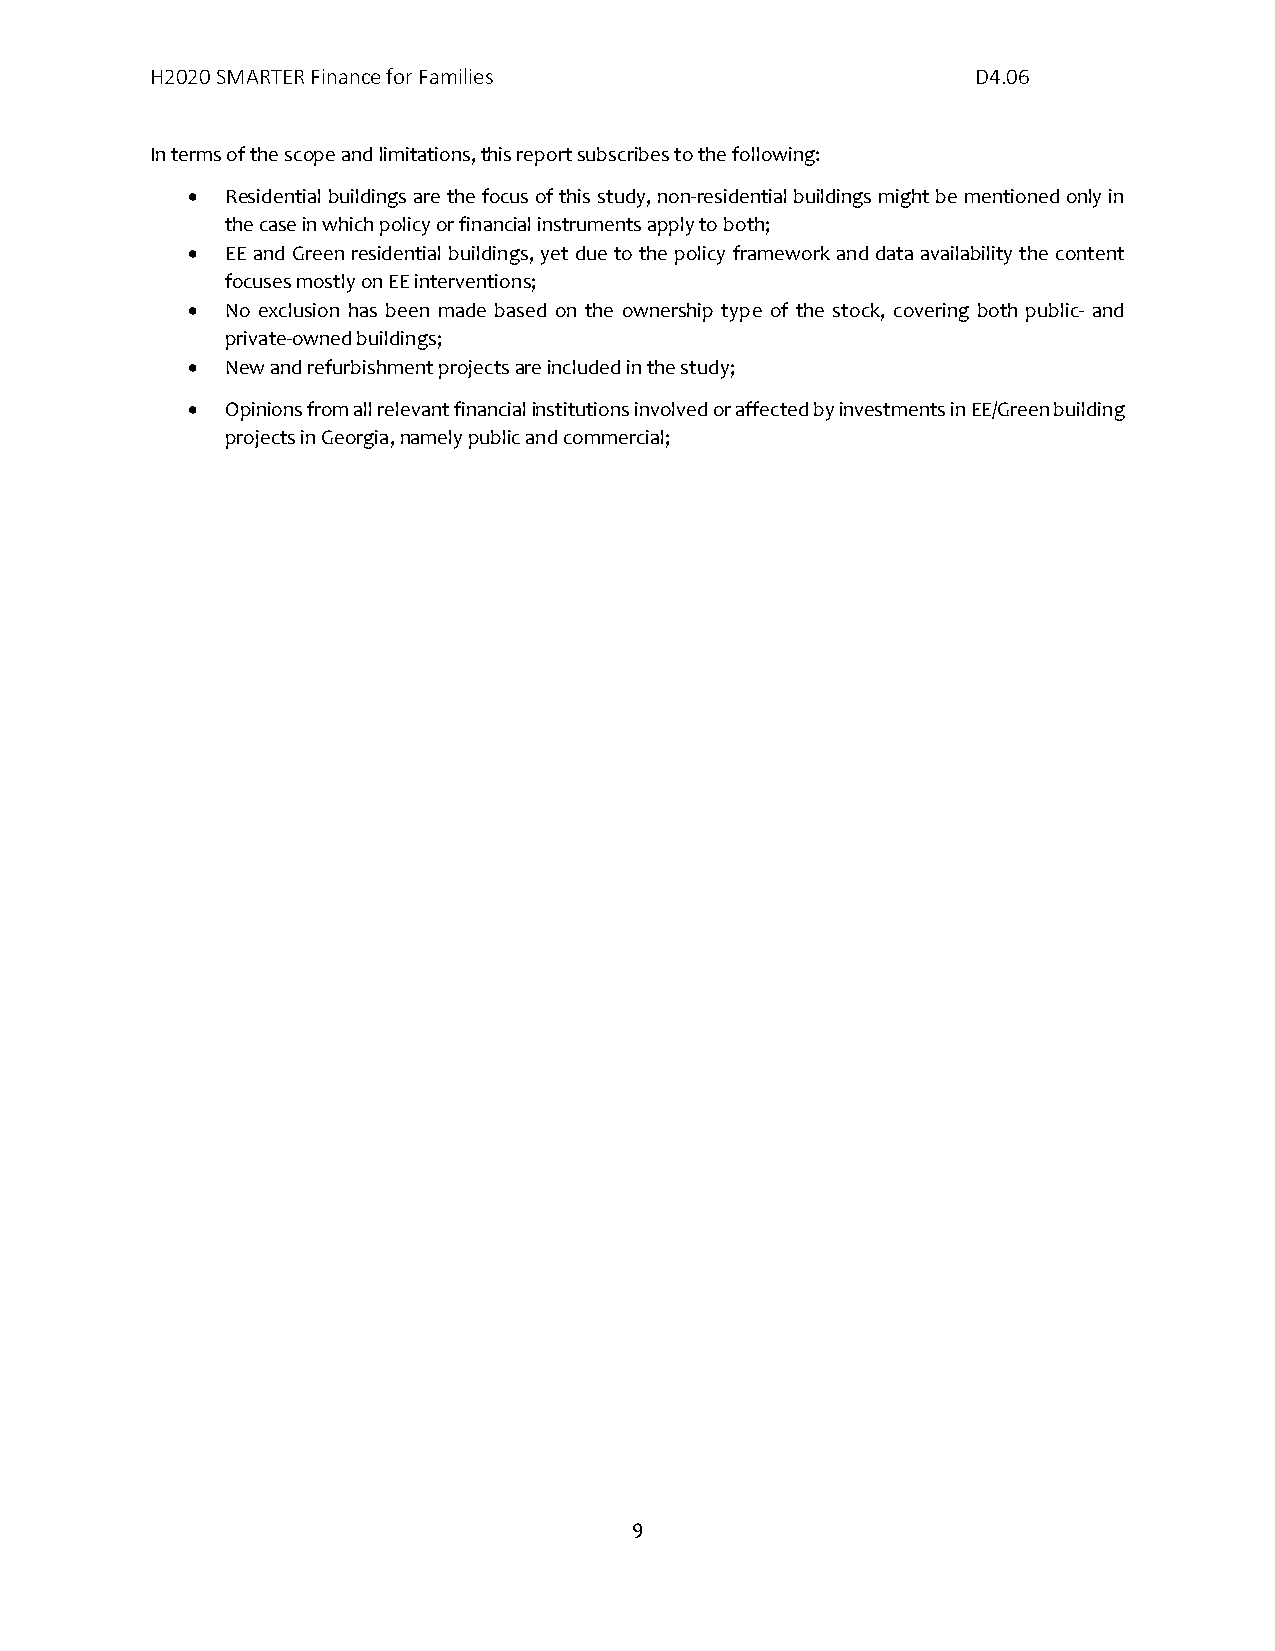
H2020 SMARTER Finance for Families                     D4.06
 In terms of the scope and limitations, this report subscribes to the following:
 •  Residential buildings are the focus of this study, non-residential buildings might be mentioned only in
 the case in which policy or financial instruments apply to both;
 •  EE and Green residential buildings, yet due to the policy framework and data availability the content
 focuses mostly on EE interventions;
 •  No exclusion has been made based on the ownership type of the stock, covering both public- and
 private-owned buildings;
 •  New and refurbishment projects are included in the study;
 •  Opinions from all relevant financial institutions involved or affected by investments in EE/Green building
 projects in Georgia, namely public and commercial;
 9